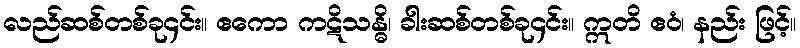
လည်ဆစ်တစ်ခု၄င်း။ ဧကော ကဋိသန္ဓိ၊ ခါးဆစ်တစ်ခု၄င်း။ ဣတိ ဧဝံ၊ နည်း ဖြင့်။